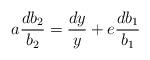
LaTeX: \begin{align*} a\frac{db_2}{b_2}=\frac{dy}{y}+e\frac{db_1}{b_1}\end{align*}